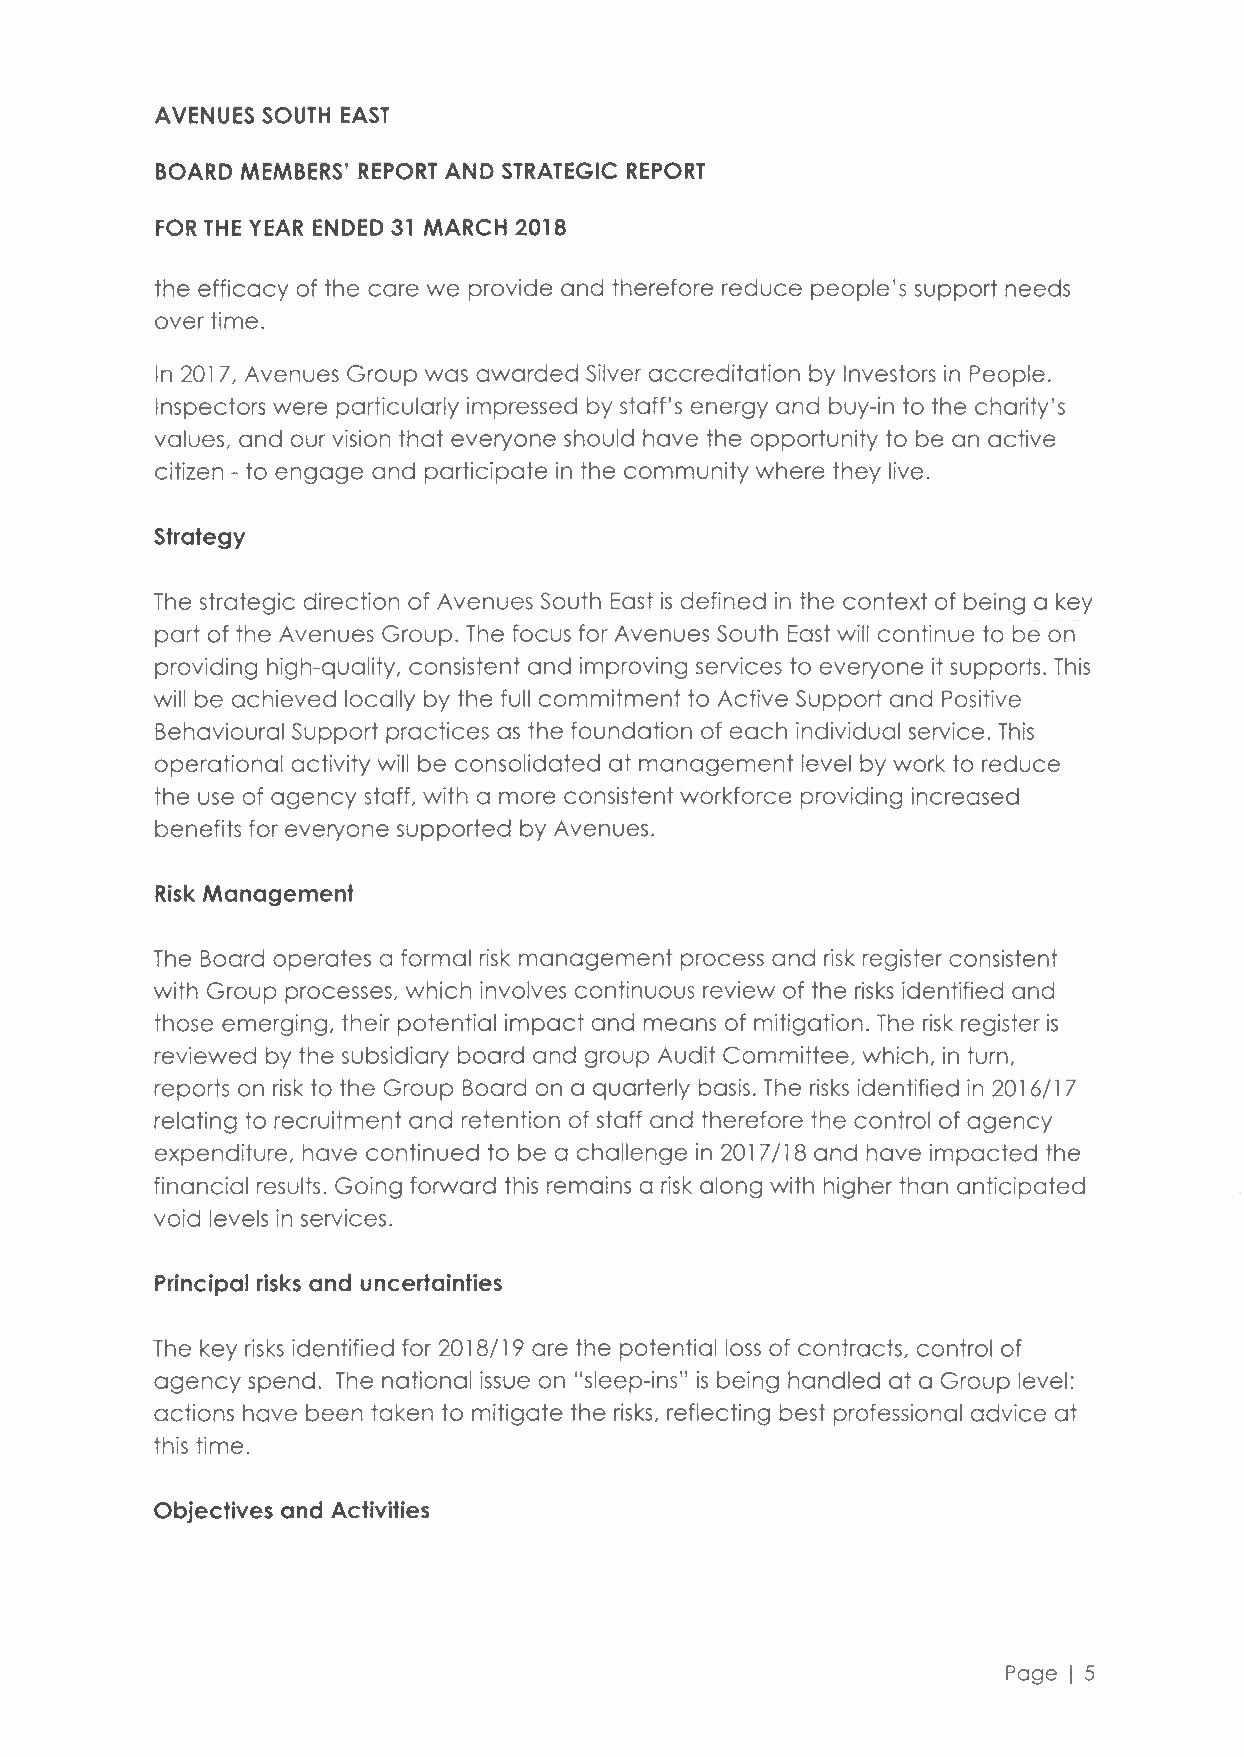
AVENUES SOUTH EAST
 BOARD MEMBERS' REPORT AND STRATEGIC REPORT
 FOR THE YEAR ENDED 31 MARCH 2018
 the efficacy of the care we provide and therefore reduce people's support needs
 over time.
 In 2017, Avenues Group was awarded Silver accreditation by Investors in People.
 Inspectors were particularly impressed by staff's energy and buy-in to the charity's
 values, and our vision that everyone should have the opportunity to be an active
 citizen - to engage and participate in the community where they live.
 Strategy
 The strategic direction of Avenues South East is defined in the context of being a key
 part of the Avenues Group. The focus for Avenues South East will continue to be on
 providing high-quality, consistent and improving services to everyone it supports. This
 will be achieved locally by the full commitment to Active Support and Positive
 Behavioural Support practices as the foundation of each individual service. This
 operational activity will be consolidated at management level by work to reduce
 the use of agency staff, with a more consistent workforce providing increased
 benefits for everyone supported by Avenues.
 Risk Management
 The Board operates a formal risk management process and risk register consistent
 with Group processes, which involves continuous review of the risks identified and
 those emerging, their potential impact and means of mitigation. The risk register is
 reviewed by the subsidiary board and group Audit Committee, which, in turn,
 reports on risk to the Group Board on a quarterly basis. The risks identified in 2016/17
 relating to recruitment and retention of staff and therefore the control of agency
 expenditure, have continued to be a challenge in 2017/18 and have impacted the
 financial results. Going forward this remains a risk along with higher than anticipated
 void levels in services.
 Principal risks and uncertainties
 The key risks identified for 2018/19 are the potential loss of contracts, control of
 agency spend. The national issue on "sleep-ins" is being handled at a Group level:
 actions have been taken to mitigate the risks, reflecting best professional advice at
 this time.
 Objectives and Activities
 Page I 5